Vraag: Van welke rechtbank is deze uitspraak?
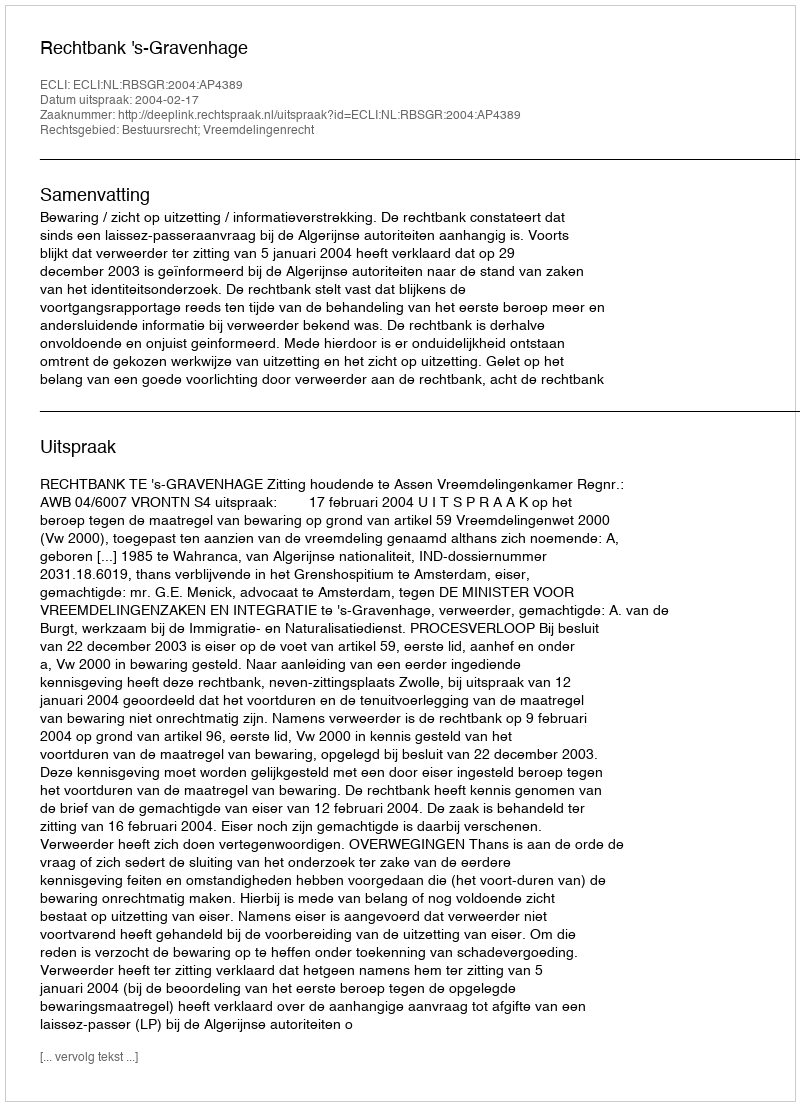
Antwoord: Rechtbank 's-Gravenhage